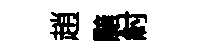
趙黯紂